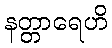
နတ္တာရေဟိ